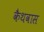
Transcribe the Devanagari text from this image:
कैथवास